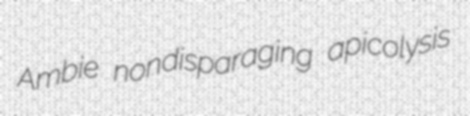
Ambie nondisparaging apicolysis